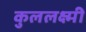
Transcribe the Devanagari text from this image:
कुललक्ष्मी